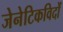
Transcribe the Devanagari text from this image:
जेनेटिकविदों